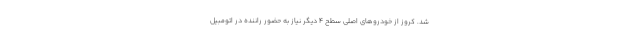
شد. کروز از خودروهای اصلی سطح 4 دیگر نیاز به حضور راننده در اتومبیل